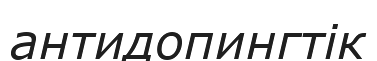
антидопингтік